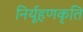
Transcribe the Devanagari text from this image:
निर्यूहणकृति